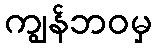
ကျွန်ဘဝမှ